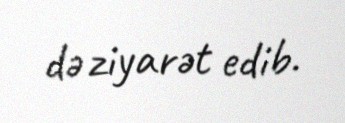
də ziyarət edib.